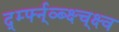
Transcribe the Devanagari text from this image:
र्द्म्फ्न्व्ब्क्ष्च्क्ष्व